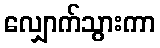
လျှောက်သွားကာ